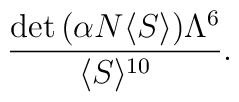
\frac{\mbox{det}\, (\alpha N \langle S\rangle) \Lambda^{6}}		{\langle S\rangle^{10}} .